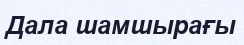
Дала шамшырағы